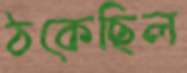
ঠকেছিল